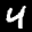
Label: 4